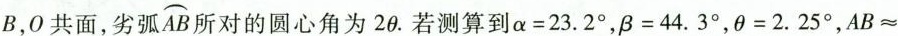
B，0共面，劣弧 \widehat{AB} 所对的圆心角为2θ。若测算到$$α =2 3 . 2 °$$，$$β = 4 4 . 3 °$$，$$θ = 2 . 2 5 °$$，$$A B ≈